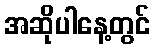
အဆိုပါနေ့တွင်